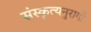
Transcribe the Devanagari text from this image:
संस्कृत्यनुरागी